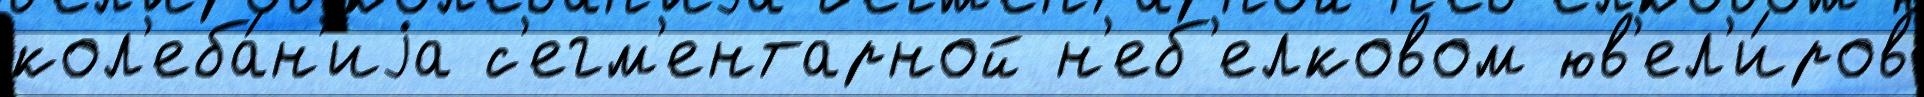
кол'еба́н'иjа с'егм'ентарной н'еб'елковом юв'ел'и́ров